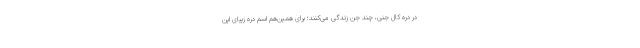
در دره کال جنی، چند جن زندگی می‌کنند؛ برای همین‌هم اسم دره زیبای این